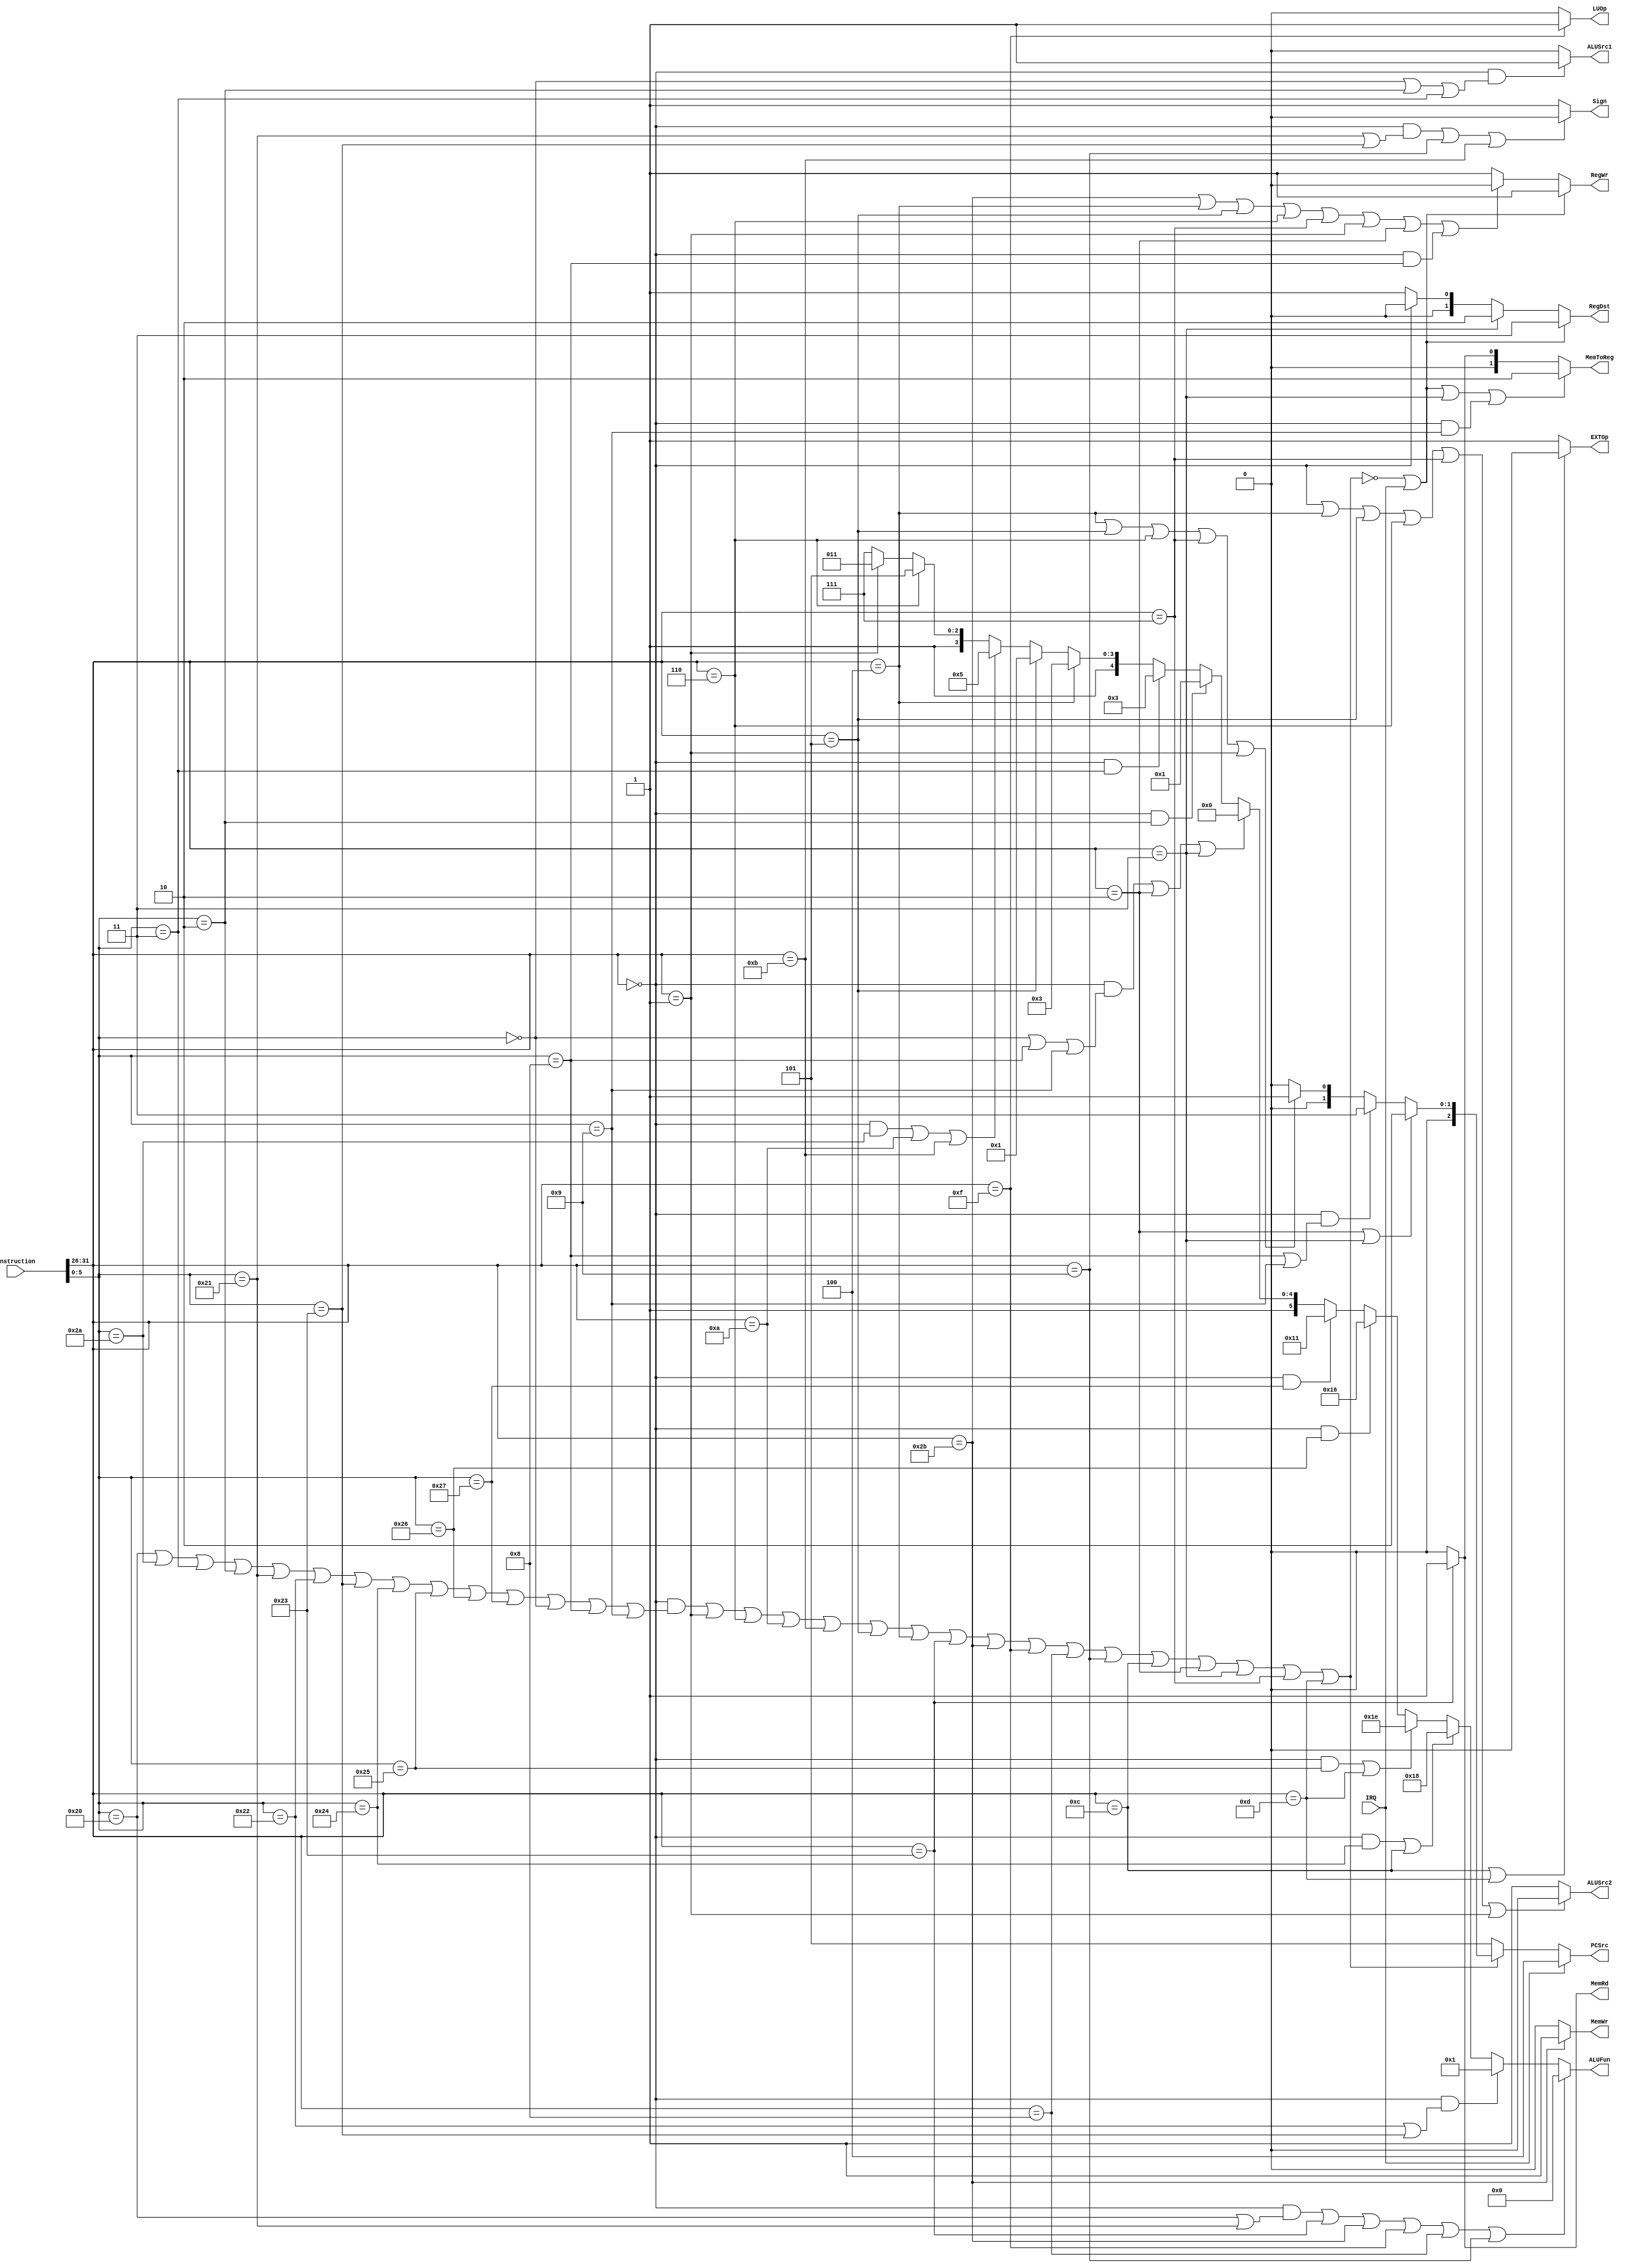
module Control (
	input IRQ,
	input [31:0] Instruction,
	output [2:0] PCSrc,
	output [1:0] RegDst,
	output RegWr,
	output ALUSrc1,
	output ALUSrc2,
	output [5:0] ALUFun,
	output Sign,
	output MemWr,
	output MemRd,
	output [1:0] MemToReg,
	output EXTOp,
	output LUOp
);

wire Except;
assign Except = !((Instruction[31:26] == 6'h00 && (Instruction[5:0] == 6'h20 || Instruction[5:0] == 6'h2a || Instruction[5:0] == 6'h03 || Instruction[5:0] == 6'h02 || 
									Instruction[5:0] == 6'h21 || Instruction[5:0] == 6'h22 || Instruction[5:0] == 6'h23 || Instruction[5:0] == 6'h24  || Instruction[5:0] == 6'h25 || 
									Instruction[5:0] == 6'h26 || Instruction[5:0] == 6'h27 || Instruction[5:0] == 6'h00 || Instruction[5:0] == 6'h08 || Instruction[5:0] == 6'h09)) || 
				Instruction[31:26] == 6'h01 || Instruction[31:26] == 6'h06 || Instruction[31:26] == 6'h0a || Instruction[31:26] == 6'h0b || Instruction[31:26] == 6'h05 || Instruction[31:26] == 6'h04 || 
				Instruction[31:26] == 6'h23 || Instruction[31:26] == 6'h2b || Instruction[31:26] == 6'h0f || Instruction[31:26] == 6'h08 || Instruction[31:26] == 6'h09 || Instruction[31:26] == 6'h0c || 
				Instruction[31:26] == 6'h02 || Instruction[31:26] == 6'h03 || Instruction[31:26] == 6'h07 || Instruction[31:26] == 6'h0d);


assign PCSrc =  IRQ? 3'b100:    // Interrupt

				Except? 3'b101:    // Exception

				(Instruction[31:26] == 6'h02 || Instruction[31:26] == 6'h03 )? 3'b010:  // j, jal

				(Instruction[31:26] == 6'h00 && (Instruction[5:0] == 6'h08 || Instruction[5:0] == 6'h09))? 3'b011:  // jr jalr

				(Instruction[31:26] == 6'h04 || Instruction[31:26] == 6'h05 || Instruction[31:26] == 6'h06 || Instruction[31:26] == 6'h07 || Instruction[31:26] == 6'h01)? 3'b001:   // bxx*5
				3'b000;



assign RegDst = (Except || IRQ)? 3: 
				(Instruction[31:26] == 6'h03)? 2:  // jal
				(Instruction[31:26] == 6'h00)? 0: 1;   // R-type instructions


assign RegWr = (IRQ || Except)?1:(Instruction[31:26] == 6'h2b || Instruction[31:26] == 6'h04 || Instruction[31:26] == 6'h05 || Instruction[31:26] == 6'h06 || Instruction[31:26] == 6'h07 || 
					Instruction[31:26] == 6'h01 || Instruction[31:26] == 6'h02 || (Instruction[31:26] == 6'h00 && Instruction[5:0] == 6'h08))? 0: 1;  // sw, bxx*5, j, jr     ps: nop is regarded as sll.


assign ALUSrc1 = (Instruction[31:26] == 6'h00 && (Instruction[5:0] == 6'h00 || Instruction[5:0] == 6'h02 || Instruction[5:0] == 6'h03))? 1: 0; // sll, srl, sra

assign ALUSrc2 = (Instruction[31:26] == 6'h00 || Instruction[31:26] == 6'h04 || Instruction[31:26] == 6'h05 || Instruction[31:26] == 6'h06 || Instruction[31:26] == 6'h07 || Instruction[31:26] == 6'h01)? 0: 1; // R-type and bxx*5


assign ALUFun = ((Instruction[31:26] == 6'h00 && (Instruction[5:0] == 6'h20 || Instruction[5:0] == 6'h21)) || Instruction[31:26] == 6'h23 || Instruction[31:26] == 6'h2b || Instruction[31:26] == 6'h0f || Instruction[31:26] == 6'h08 || Instruction[31:26] == 6'h09 )? 6'b000000:
				(Instruction[31:26] == 6'h00 && (Instruction[5:0] == 6'h22 || Instruction[5:0] == 6'h23))? 6'b000001: 
				((Instruction[31:26] == 6'h00 && Instruction[5:0] == 6'h24) || Instruction[31:26] == 6'h0c)? 6'b011000:
				((Instruction[31:26] == 6'h00 && Instruction[5:0] == 6'h25) || Instruction[31:26] == 6'h0d)? 6'b011110:
				(Instruction[31:26] == 6'h00 && Instruction[5:0] == 6'h26)? 6'b010110:
				(Instruction[31:26] == 6'h00 && Instruction[5:0] == 6'h27)? 6'b010001:
				((Instruction[31:26] == 6'h00 && (Instruction[5:0] == 6'h00 || Instruction[5:0] == 6'h08 || Instruction[5:0] == 6'h09)) || Instruction[31:26] == 6'h02 || Instruction[31:26] == 6'h03)? 6'b100000:  // contain nop, sll j, jal jr jalr
				(Instruction[31:26] == 6'h00 && Instruction[5:0] == 6'h02)? 6'b100001:
				(Instruction[31:26] == 6'h00 && Instruction[5:0] == 6'h03)? 6'b100011:
				(Instruction[31:26] == 6'h04)? 6'b110011:
				(Instruction[31:26] == 6'h05)? 6'b110001:
				((Instruction[31:26] == 6'h00 && Instruction[5:0] == 6'h2a) || Instruction[31:26] == 6'h0a || Instruction[31:26] == 6'h0b)? 6'b110101:
				(Instruction[31:26] == 6'h06)? 6'b111101:
				(Instruction[31:26] == 6'h01)? 6'b111011:
				6'b111111; // Instruction[31:26] == 6'h07


assign Sign = ((Instruction[31:26] == 6'h00 && (Instruction[5:0] == 6'h21 || Instruction[5:0] == 6'h23)) || Instruction[31:26] == 6'h09 || Instruction[31:26] == 6'h0b)? 0 : 1;  // addu, subu, addiu, sltiu

assign MemRd = (Instruction[31:26] == 6'h23)? 1:0; // lw

assign MemWr = (Instruction[31:26] == 6'h2b)? 1:0; //sw

assign MemToReg = (Except || IRQ || Instruction[31:26] == 6'h03 || (Instruction[31:26] == 6'h00 && Instruction[5:0] == 6'h09))? 2:  // jal, jalr, Interrupt, Exception
					(Instruction[31:26] == 6'h23)? 1:0; // lw
					



assign EXTOp = (Instruction[31:26] == 6'h0c || Instruction[31:26] == 6'h0d)? 0 : 1; // andi

assign LUOp = (Instruction[31:26] == 6'h0f)? 1:0; // lui




endmodule